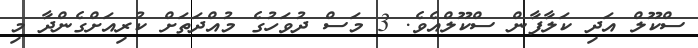
ސްކޫލް އަދި ކަލާފާން ސްކޫލްއެވެ. 3 މަސް ދުވަހުގެ މުއްދަތަށް ކުރިއަށްގެންދާ މި